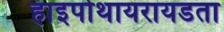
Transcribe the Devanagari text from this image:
हाइपोथायरायडता